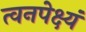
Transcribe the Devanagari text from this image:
त्वनपेक्ष्यं